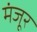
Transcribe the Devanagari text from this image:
मंंजूर